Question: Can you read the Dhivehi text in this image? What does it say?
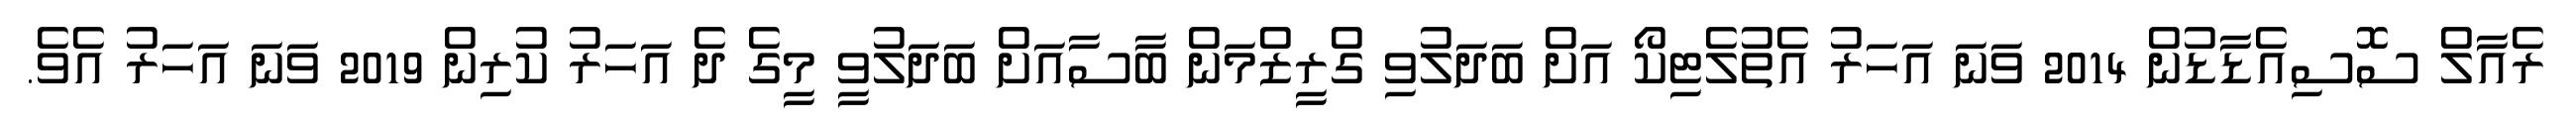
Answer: ރެއާލް ސޮސިއެޑާޑުން 2014 ވަނަ އަހަރު އެތުލެޓިކޯ އަށް ބަދަލުވި ގްރީޒްމަން ބާސާއަށް ބަދަލުވީ މީގެ ދެ އަހަރު ކުރިން 2019 ވަނަ އަހަރު އެވެ.